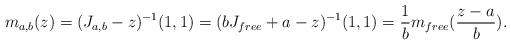
LaTeX: \begin{align*}m_{a,b} (z) = (J_{a,b} - z)^{-1} (1,1) = (b J_{free} + a - z )^{-1} (1,1) =\frac{1}{b} m_{free} (\frac{z - a}{b}).\end{align*}